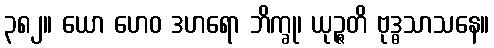
၃၈၂။ ယော ဟေဝ ဒဟရော ဘိက္ခု၊ ယုဉ္ဇတိ ဗုဒ္ဓသာသနေ။